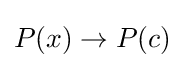
P(x)\to P(c)